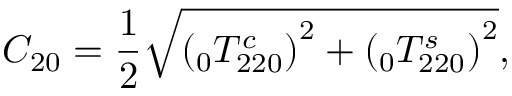
C _ { 2 0 } = \frac { 1 } { 2 } \sqrt { \left( \phantom { } _ { 0 } T _ { 2 2 0 } ^ { c } \right) ^ { 2 } + \left( \phantom { } _ { 0 } T _ { 2 2 0 } ^ { s } \right) ^ { 2 } } ,